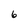
Character: 6